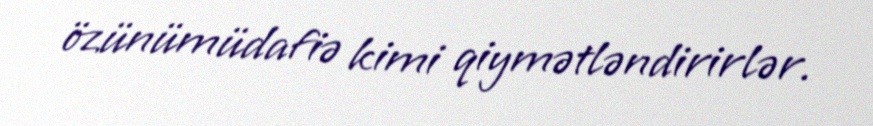
özünümüdafiə kimi qiymətləndirirlər.